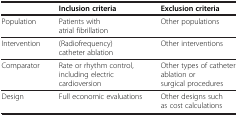
<table><thead><tr><td><b> </b></td><td><b>Inclusion criteria</b></td><td><b>Exclusion criteria</b></td></tr></thead><tbody><tr><td>Population</td><td>Patients with atrial fibrillation</td><td>Other populations</td></tr><tr><td>Intervention</td><td>(Radiofrequency) catheter ablation</td><td>Other interventions</td></tr><tr><td>Comparator</td><td>Rate or rhythm control, including electric cardioversion</td><td>Other types of catheter ablation or surgical procedures</td></tr><tr><td>Design</td><td>Full economic evaluations</td><td>Other designs such as cost calculations</td></tr></tbody></table>